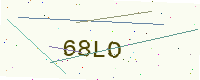
Text: 68LO